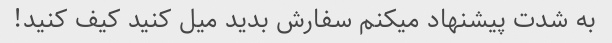
به شدت پیشنهاد میکنم سفارش بدید میل کنید کیف کنید!